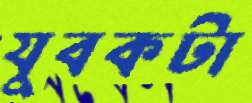
যুবকটা